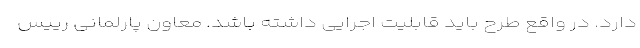
دارد. در واقع طرح باید قابلیت اجرایی داشته باشد. معاون پارلمانی رییس